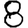
Digit: 8